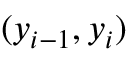
( y _ { i - 1 } , y _ { i } )